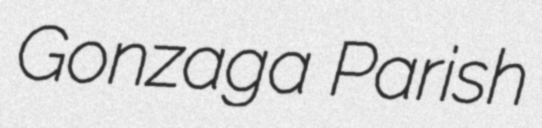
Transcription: Gonzaga Parish